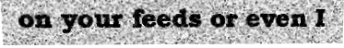
on your feeds or even I